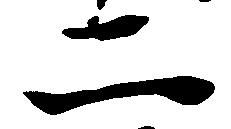
二